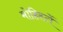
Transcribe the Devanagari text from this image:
मोहिस्टों